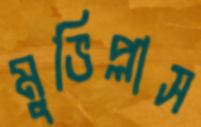
মুভিপ্লাস